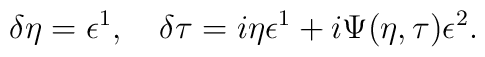
\delta\eta=\epsilon^1, \quad\delta\tau=i\eta\epsilon^1+i\Psi(\eta,\tau)\epsilon^2.